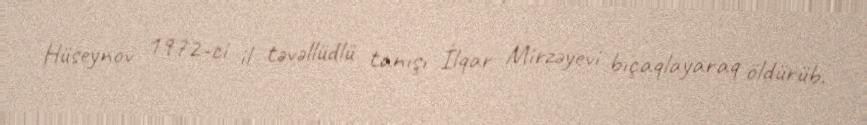
Hüseynov 1972-ci il təvəllüdlü tanışı İlqar Mirzəyevi bıçaqlayaraq öldürüb.